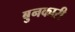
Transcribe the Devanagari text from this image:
बुनकारी